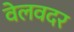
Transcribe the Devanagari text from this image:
वेलवदर